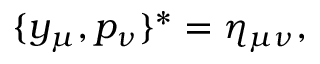
\{ y _ { \mu } , p _ { \nu } \} ^ { * } = \eta _ { \mu \nu } ,